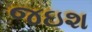
જઇશ